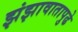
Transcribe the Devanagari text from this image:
झंझावातापुढे